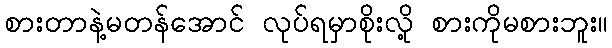
စားတာနဲ့မတန်အောင် လုပ်ရမှာစိုးလို့ စားကိုမစားဘူး။